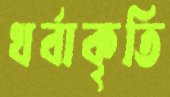
খর্বাকৃতি